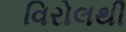
વિરોલથી